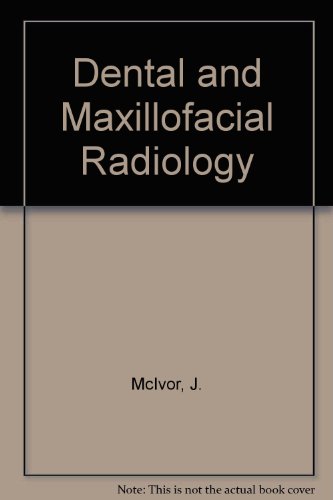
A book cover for Dental and Maxillofacial Radiology (Dental Series); James McIvor; Medical Books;